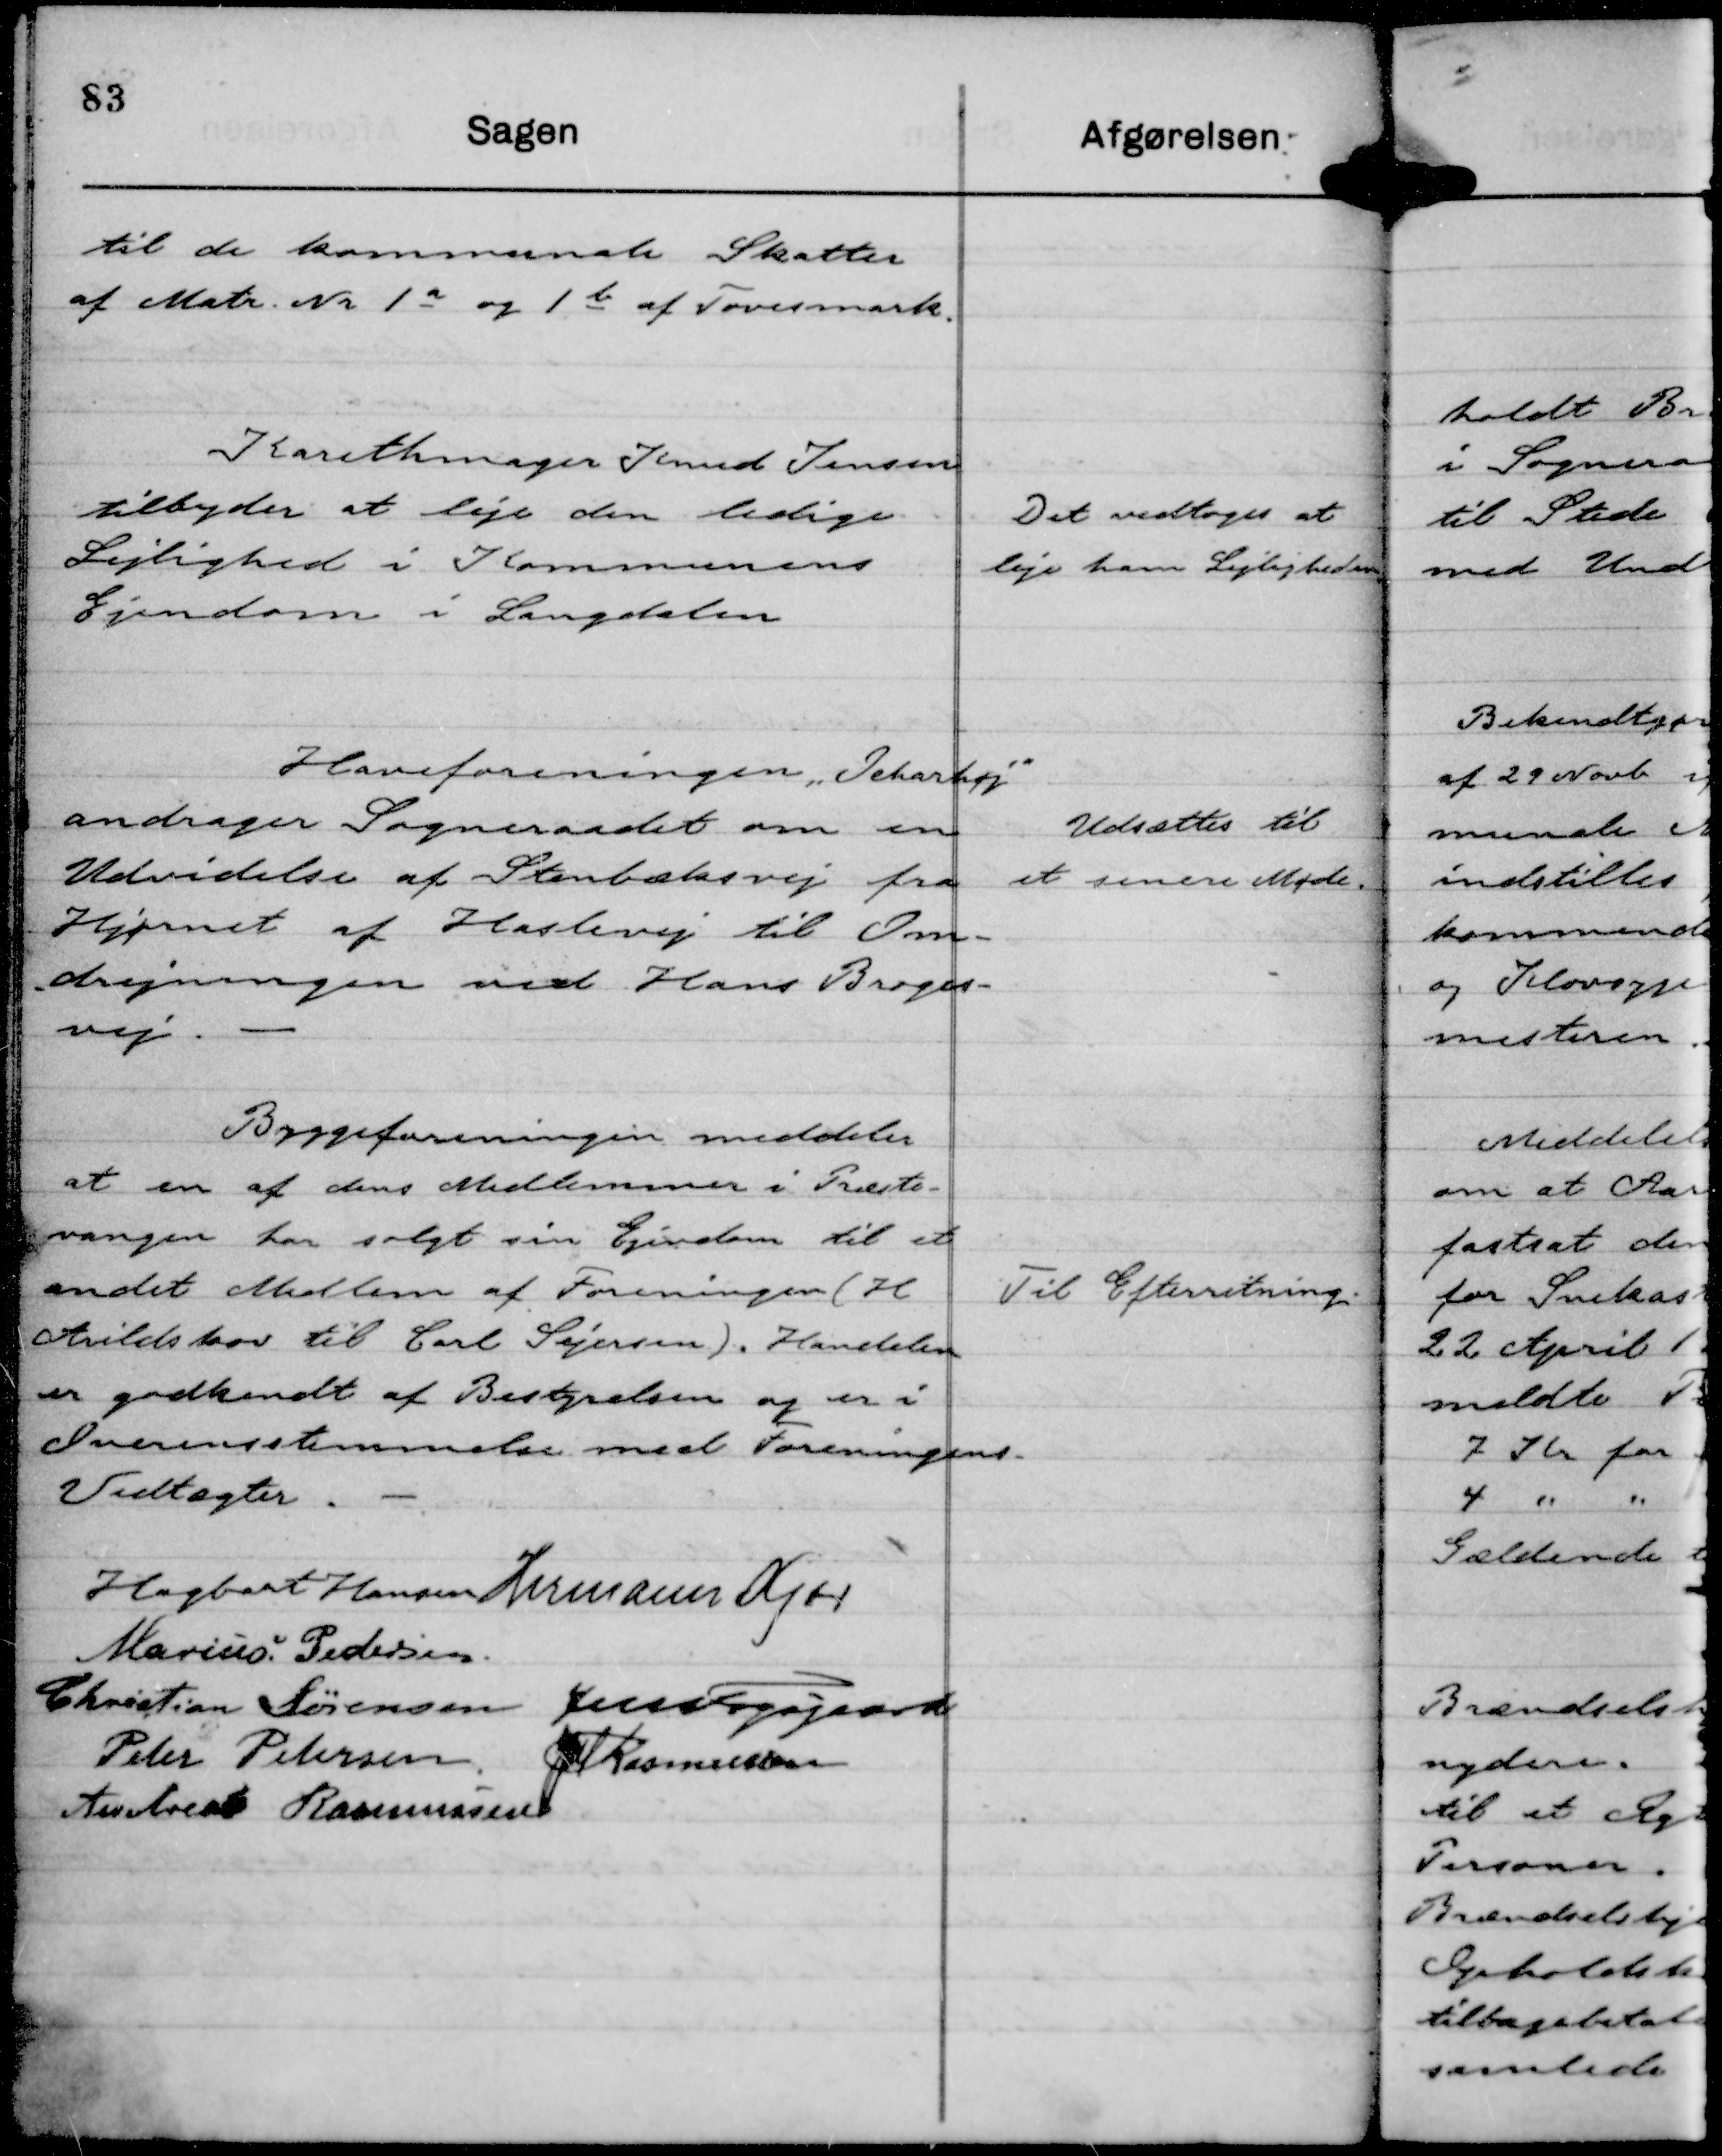
Transskription:
til de kommunale Skatter
af Matr. Nr 1 a og 1 b af Tovesmark.

Karethmager Knud Jensen
tilbyder at leje den ledige
Lejlighed i Kommunens
Ejendom i Langdalen

Det vedtoges at
leje ham Lejligheden.

Haveforeningen "Ockarhøj"
andrager Sogneraadet om en
Udvidelse af Stenbæksvej fra
Hjørnet af Haslevej til Om-
drejningen ved Hans Broges-
vej.

Udsattes til
et senere Møde.

Byggeforeningen meddeler
at en af dens Medlemmer i Præste-
vangen har solgt Ejendom til et
andet Medlem af Foreningen (H
Arildskov til Carl Sejersen). Handelen
er godkendt af Bestyrelsen og er i
Overensstemmelse med Foreningens
Vedtægter.

Til Efterretning.

Hagbart Hansen
Hermann Kjær
Marius Pedersen.
Christian Sørensen
Jens Fogsgaard
Peter Petersen
JM Rasmussen
Andreas Rasmussen